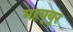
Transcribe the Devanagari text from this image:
महबूबुर